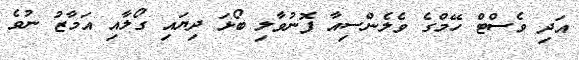
އަދި ވެސްޓް ހޭމްގެ ވެލެންސިއާ ފޮނުވާލި ބޯޅަ ދިޔައި ގޯލާއި އަމާޒު ނުވެ